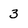
Character: 3